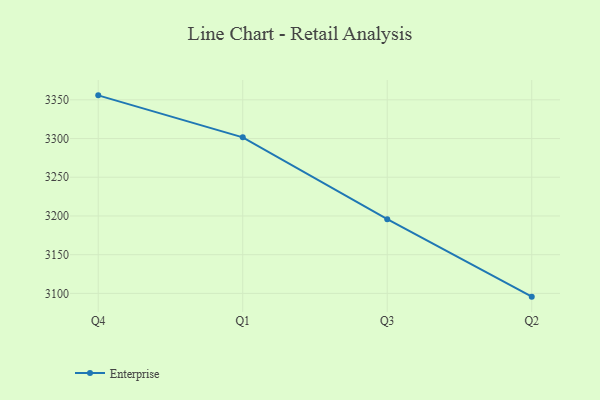
{"axis": {"x": "Quarter", "y": "Headcount"}, "legend": ["Enterprise"], "data": [{"x": "Q4", "y": 3355.8, "type": "Enterprise"}, {"x": "Q1", "y": 3301.6, "type": "Enterprise"}, {"x": "Q3", "y": 3195.8, "type": "Enterprise"}, {"x": "Q2", "y": 3095.8, "type": "Enterprise"}]}